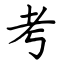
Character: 考